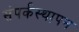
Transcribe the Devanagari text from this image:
संपर्कस्थापन